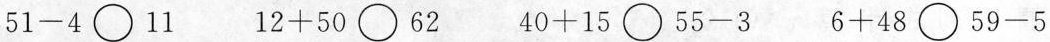
$$5 1 - 4$$ \bigcirc 11 $$1 2 + 5 0$$ \bigcirc 62 $$4 0 + 1 5$$ \bigcirc $$5 5 - 3$$ $$6 + 4 8$$ \bigcirc $$5 9 - 5$$